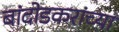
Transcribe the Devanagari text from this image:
बांदोडकरांच्या